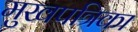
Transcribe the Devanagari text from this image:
मुखपत्रिका